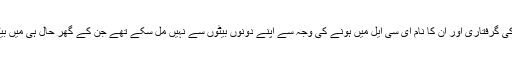
شہباز شریف کا کہنا تھا کہ ان کی گرفتاری اور ان کا نام ای سی ایل میں ہونے کی وجہ سے اپنے دونوں بیٹوں سے نہیں مل سکے تھے جن کے گھر حال ہی میں بیٹا اور بیٹی کی ولادت ہوئی ہے۔